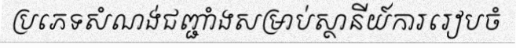
ប្រភេទសំណង់ជញ្ជាំងសម្រាប់ស្ថានីយ៍ការរៀបចំ